Lunatic asylums Punjab 1881-1894 - 1881-1894
Year: 1881
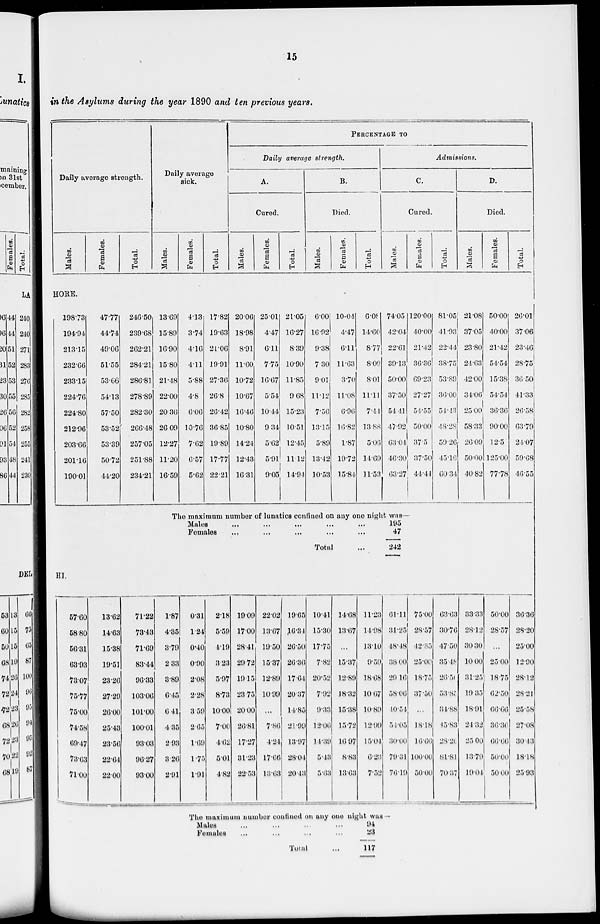
15
in the Asylums during the year 1890 and ten previous years.
Daily average strength.
Males.
Females.
Total.
Daily average
sick.
Males.
Females.
Total.
PERCENTAGE
TO
Daily average strength.
A.
Cured.
Males.
Females.
Total.
B.
Died.
Males.
Females.
Total.
Admissions.
C.
Cured.
Males.
Females.
Total.
D.
Died.
Males.
Females.
Total.
HORE.
198.73
194.94
213.15
232.66
233.15
224.76
224.80
212.96
203.66
201.16
190.01
47.77
44.74
49.06
51.55
53.66
54.13
57.50
53.52
53.39
50.72
44.20
246.50
239.68
262.21
284.21
286.81
278.89
282.30
266.48
257.05
251.88
234.21
13.69
15.89
16.90
15.80
21.48
22.00
20.36
26.09
12.27
11.20
16.59
4.13
3.74
4.16
4.11
5.88
4.8
6.06
10.76
7.62
6.57
5.62
17.82
19.63
21.06
19.91
27.36
26.8
26.42
36.85
19.89
17.77
22.21
20.06
18.98
8.91
11.60
10.72
10.67
16.46
10.80
14.24
12.43
16.31
25.01
4.47
6.11
7.75
16.67
5.54
10.44
9.34
5.62
5.91
9.05
21.05
16.27
8.39
10.90
11.85
9.68
15.23
10.51
12.45
11.12
14.94
6.00
16.92
9.38
7.30
9.01
11.12
7.56
13.15
5.89
13.42
10.53
10.04
4.47
6.11
11.63
3.70
11.08
6.96
16.82
1.87
19.72
15.84
6.08
14.60
8.77
8.09
8.01
11.11
7.44
13.88
5.06
14.69
11.53
74.05
42.04
22.61
39.13
50.00
37.50
54.11
47.92
63 01
46.30
63.27
120.00
40.00
21.42
36.36
69.23
27.27
54.55
50.00
37.5
37.50
44.44
81.05
41.93
22.44
38.75
53.89
36.00
54.43
48.28
59.26
45.16
60.34
21.08
37.05
23.80
24.63
42.00
34.06
25.00
58.33
26.09
50.00
40.82
50.00
40.00
21.42
54.54
15.38
54.54
36.36
90.00
12.5
125.00
77.78
26.01
37.06
23.46
28.75
36.50
41.33
26.58
63.79
24.07
59.68
46.55
The maximum number of lunatics confined on any one night was—
Males ... ... ... ... ...
Females ... ... ... ... ...
Total ...
195
47
242
HI.
57.60
58.80
56.31
63.93
73.07
75.77
75.00
74.58
69.47
73.63
71.00
13.62
14.63
15.38
19.51
23.26
27.29
26.00
25.43
23.56
22.64
22.00
71.22
73.43
71.69
83.44
96.33
103.06
101.00
100.01
93.03
96.27
93.00
1.87
4.35
3.79
2.33
3.89
6.45
6.41
4.35
2.93
3.26
2.91
0.31
1.24
0.40
0.90
2.08
2.28
3.59
2.65
1.69
1.75
1.91
2.18
5.59
4.19
3.23
5.97
8.73
10.00
7.00
4.62
5.01
4.82
19.09
17.00
28.41
29.72
19.15
23.75
20.00
26.81
17.27
31.23
22.53
22.02
13.67
19.50
15.37
12.89
10.99
...
7.86
4.24
17.66
13.63
19.65
16.34
26.50
26.36
17.64
20.37
14.85
21.99
13.97
28.04
20.43
10.41
15.30
17.75
7.82
20.52
7.92
9.33
12.06
14.39
5.43
5.63
14.68
13.67
...
15.37
12.89
18.32
15.38
15.72
10.97
8.83
13.63
11.23
14.98
13.10
9.59
18.68
10.67
10.89
12.99
15.04
6.23
7.52
61.11
31.25
48.48
38.00
29.16
58.06
10.54
54.05
30.00
79.31
76.19
75.00
28.57
42.85
25.00
18.75
37.50
...
18.18
16.66
100.00
50.00
63.63
30.76
47.50
35.48
26.56
53.87
34.88
45.83
28.20
81.81
70.37
33.33
28.12
30.30
10.00
31.25
19.35
18.91
24.32
25.00
13.79
19.04
50.00
28.57
...
25.00
18.75
62.50
66.66
36.36
66.66
50.00
50.00
36.36
28.20
25.00
12.90
28.12
28.21
25.58
27.08
30.43
18.18
25.93
The maximum number confined on any one night was —
Males
...
... ... ...
Females ... ... ... ...
Total ...
94
23
117